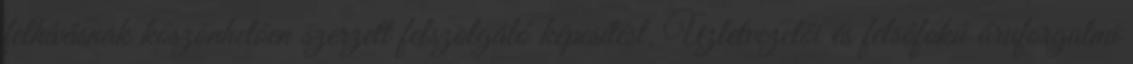
felhívásnak köszönhetôen szerzett felszolgáló képesítést. Üzletvezetôi és felsôfokú áruforgalmi